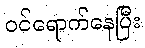
ဝင်ရောက်နေပြီး